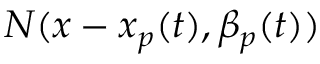
{ N } ( x - x _ { p } ( t ) , \beta _ { p } ( t ) )